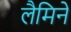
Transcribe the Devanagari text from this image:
लैमिने